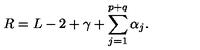
R = L - 2 + \gamma + \sum _ { j = 1 } ^ { p + q } \alpha _ { j } .